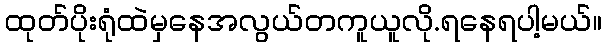
ထုတ်ပိုးရုံထဲမှနေအလွယ်တကူယူလို.ရနေရပါ့မယ်။